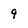
Character: 9